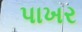
પાખર